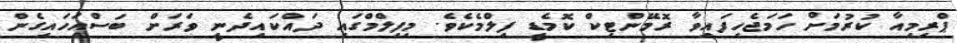
ޕްރިމިއާ ކުރުމަށް ހަމަޖެހިފައިވާ ރޮމޭންޓިކް ކޮމެޑީ ފިލްމެކެވެ. މިފިލްމްގައި ދައްކައިދެނީ ވަރަށް ބަސްއަހައިގެން